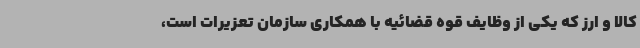
کالا و ارز که یکی از وظایف قوه قضائیه با همکاری سازمان تعزیرات است،